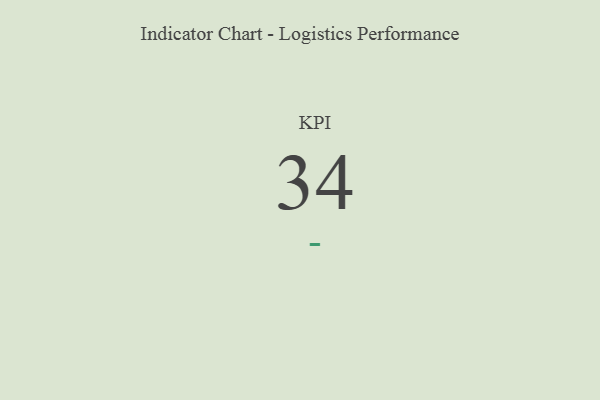
{"axis": {"x": "KPI", "y": "Value"}, "legend": [""], "data": [{"x": "KPI", "y": 34, "type": ""}]}